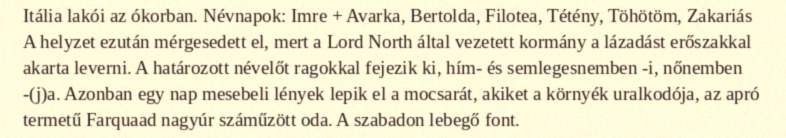
Itália lakói az ókorban. Névnapok: Imre + Avarka, Bertolda, Filotea, Tétény, Töhötöm, Zakariás A helyzet ezután mérgesedett el, mert a Lord North által vezetett kormány a lázadást erőszakkal akarta leverni. A határozott névelőt ragokkal fejezik ki, hím- és semlegesnemben -i, nőnemben -(j)a. Azonban egy nap mesebeli lények lepik el a mocsarát, akiket a környék uralkodója, az apró termetű Farquaad nagyúr száműzött oda. A szabadon lebegő font.